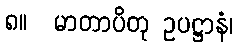
၈။  မာတာပိတု ဥပဋ္ဌာနံ၊